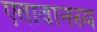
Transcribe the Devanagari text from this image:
एतावानस्य